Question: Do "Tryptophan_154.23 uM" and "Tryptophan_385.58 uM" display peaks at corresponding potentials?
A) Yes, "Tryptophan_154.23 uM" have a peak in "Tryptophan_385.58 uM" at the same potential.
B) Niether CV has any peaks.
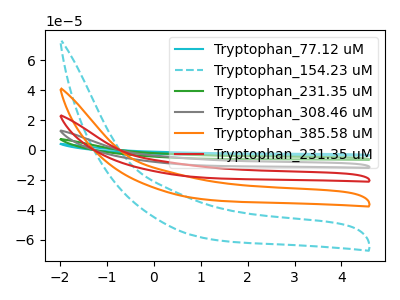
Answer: <think>The cyan curve "Tryptophan_77.12 uM" has no peaks. The cyan dashed curve "Tryptophan_154.23 uM" has no peaks. The green curve "Tryptophan_231.35 uM" has no peaks. The gray curve "Tryptophan_308.46 uM" has no peaks. The orange curve "Tryptophan_385.58 uM" has no peaks. The red curve "Tryptophan_231.35 uM" has no peaks.</think>
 <answer>B) Niether CV has any peaks.</answer>
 <eval>B</eval>